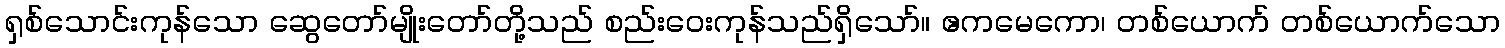
ရှစ်သောင်းကုန်သော ဆွေတော်မျိုးတော်တို့သည် စည်းဝေးကုန်သည်ရှိသော်။ ဧကမေကော၊ တစ်ယောက် တစ်ယောက်သော